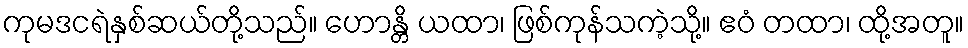
ကုမဒငရဲနှစ်ဆယ်တို့သည်။ ဟောန္တိ ယထာ၊ ဖြစ်ကုန်သကဲ့သို့။ ဧဝံ တထာ၊ ထို့အတူ။